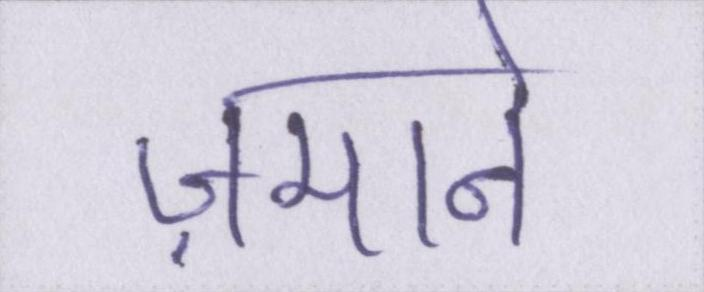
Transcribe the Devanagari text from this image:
ज़माने